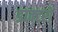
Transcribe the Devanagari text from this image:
डाक्‍टरों